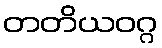
တတိယဝဂ္ဂ